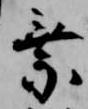
乗